Indian journal of veterinary science and animal husbandry - Volume 1,
Year: 1931
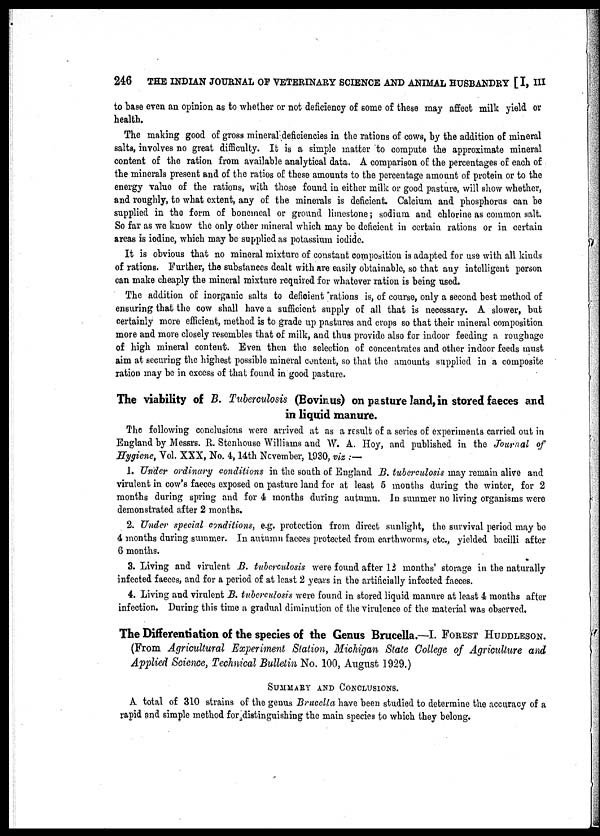
246
THE INDIAN JOURNAL OF VETERINARY SCIENCE AND ANIMAL HUSBANDRY [I, III
to base even an opinion as to whether or not deficiency of some of these may affect milk yield or
health.
The making good of gross mineral deficiencies in the rations of cows, by the addition of mineral
salts, involves no great difficulty. It is a simple matter to compute the approximate mineral
content of the ration from available analytical data, A comparison of the percentages of each of
the minerals present and of the ratios of these amounts to the percentage amount of protein or to the
energy value of the rations, with those found in either milk or good pasture, will show whether,
and roughly, to what extent, any of the minerals is deficient. Calcium and phosphorus can be
supplied in the form of bonemeal or ground limestone; sodium and chlorine as common salt.
So far as we know the only other mineral which may be deficient in certain rations or in certain
areas is iodine, which may be supplied as potassium iodide.
It is obvious that no mineral mixture of constant composition is adapted for use with all kinds
of rations. Further, the substances dealt with are easily obtainable, so that any intelligent person
can make cheaply the mineral mixture required for whatever ration is being used.
The addition of inorganic salts to deficient rations is, of course, only a second best method of
ensuring that the cow shall have a sufficient supply of all that is necessary. A slower, but
certainly more efficient, method is to grade up pastures and crops so that their mineral composition
more and more closely resembles that of milk, and thus provide also for indoor feeding a roughage
of high mineral content. Even then the selection of concentrates and other indoor feeds must
aim at securing the highest possible mineral content, so that the amounts supplied in a composite
ration may be in excess of that found in good pasture.
The viability of B. Tuberculosis (Bovinus) on pasture land, in stored faeces and
in liquid manure.
The following conclusions were arrived at as a result of a series of experiments carried out in
England by Messrs. R. Stenhouse Williams and W. A. Hoy, and published in the Journal of
Hygiene, Vol. XXX, No. 4, 14th November, 1930, viz :—
1. Under ordinary conditions in the south of England B. tuberculosis may remain alive and
virulent in cow's faeces exposed on pasture land for at least 5 months during the winter, for 2
months during spring and for 4 months during autumn. In summer no living organisms were
demonstrated after 2 months.
2. Under special conditions, e.g. protection from direct sunlight, the survival period may be
4 months during summer. In autumn faeces protected from earthworms, etc., yielded bacilli after
6 months.
3. Living and virulent B. tuberculosis were found after 12 months' storage in the naturally
infected faeces, and for a period of at least 2 years in the artificially infected faeces.
4. Living and virulent B. tuberculosis were found in stored liquid manure at least 4 months after
infection. During this time a gradual diminution of the virulence of the material was observed.
The Differentiation of the species of the Genus Brucella.—I. FOREST HUDDLESON.
(From Agricultural Experiment Station, Michigan State College of Agriculture and
Applied Science, Technical Bulletin No. 100, August 1929.)
SUMMARY AND CONCLUSIONS.
A total of 310 strains of the genus Brucella have been studied to determine the accuracy of a
rapid and simple method for distinguishing the main species to which they belong.